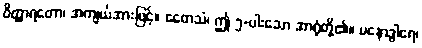
ဝိတ္ထာရတော၊ အကျယ်အားဖြင့်။ ဧတေသံ၊ ဤ ၅-ပါးသော အာရုံတို့၏။ မနောဒွါရေ၊